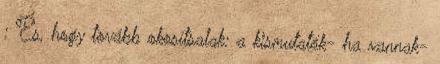
: És, hogy tovább okosítsalak: a kismutatók- ha vannak-